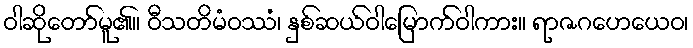
ဝါဆိုတော်မူ၏။ ဝီသတိမံဝဿံ၊ နှစ်ဆယ်ဝါမြောက်ဝါကား။ ရာဇဂဟေယေဝ၊